Insane asylums Bombay 1873-77 - 1873-1877
Year: 1873
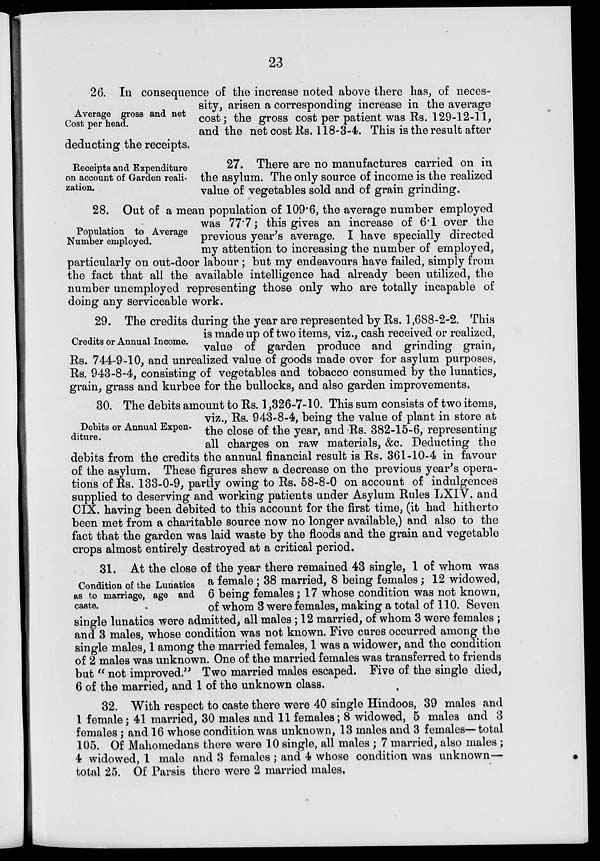
23
Average gross and net
Cost per head.
26. In consequence of the increase noted above there has, of neces-
sity, arisen a corresponding increase in the average
cost; the gross cost per patient was Rs. 129-12-11,
and the net cost Rs. 118-3-4. This is the result after
deducting the receipts.
Receipts and Expenditure
on account of Garden reali-
zation.
27. There are no manufactures carried on in
the asylum. The only source of income is the realized
value of vegetables sold and of grain grinding.
Population to Average
Number employed.
28. Out of a mean population of 109.6, the average number employed
was 77.7; this gives an increase of 6.1 over the
previous year's average. I have specially directed
my attention to increasing the number of employed,
particularly on out-door labour ; but my endeavours have failed, simply from
the fact that all the available intelligence had already been utilized, the
number unemployed representing those only who are totally incapable of
doing any serviceable work.
Credits or Annual Income.
29. The credits during the year are represented by Rs. 1,688-2-2. This
is made up of two items, viz., cash received or realized,
value of garden produce and grinding grain,
Rs. 744-9-10, and unrealized value of goods made over for asylum purposes,
Rs. 943-8-4, consisting of vegetables and tobacco consumed by the lunatics,
grain, grass and kurbee for the bullocks, and also garden improvements.
Debits or Annual Expen-
diture.
30. The debits amount to Rs. 1,326-7-10. This sum consists of two items,
viz., Rs. 943-8-4, being the value of plant in store at
the close of the year, and Rs. 382-15-6, representing
all charges on raw materials, &c. Deducting the
debits from the credits the annual financial result is Rs. 361-10-4 in favour
of the asylum. These figures shew a decrease on the previous year's opera-
tions of Rs. 133-0-9, partly owing to Rs. 58-8-0 on account of indulgences
supplied to deserving and working patients under Asylum Rules LXIV. and
CIX. having been debited to this account for the first time, (it had hitherto
been met from a charitable source now no longer available,) and also to the
fact that the garden was laid waste by the floods and the grain and vegetable
crops almost entirely destroyed at a critical period.
Condition of the Lunatics
as to marriage, age and
caste.
31. At the close of the year there remained 43 single, 1 of whom was
a female; 38 married, 8 being females; 12 widowed,
6 being females; 17 whose condition was not known,
of whom 3 were females, making a total of 110. Seven
single lunatics were admitted, all males ; 12 married, of whom 3 were females;
and 3 males, whose condition was not known. Five cures occurred among the
single males, 1 among the married females, 1 was a widower, and the condition
of 2 males was unknown. One of the married females was transferred to friends
but " not improved.'' Two married males escaped. Five of the single died,
6 of the married, and 1 of the unknown class.
32. With respect to caste there were 40 single Hindoos, 39 males and
1 female; 41 married, 30 males and 11 females; 8 widowed, 5 males and 3
females; and 16 whose condition was unknown, 13 males and 3 females—total
105. Of Mahomedans there were 10 single, all males ; 7 married, also males;
4 widowed, 1 male and 3 females ; and 4 whose condition was unknown—
total 25. Of Parsis there were 2 married males.